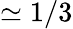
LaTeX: \simeq 1/3